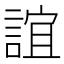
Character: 誼